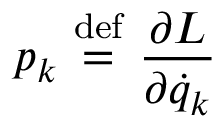
p _ { k } \ { \stackrel { \mathrm { d e f } } { = } } \ { \frac { \partial L } { \partial { \dot { q } } _ { k } } }